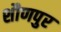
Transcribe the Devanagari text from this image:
शौणपुर